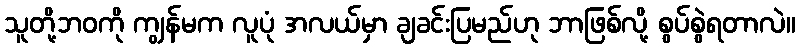
သူတို့ဘဝကို ကျွန်မက လူပုံ အလယ်မှာ ချခင်းပြမည်ဟု ဘာဖြစ်လို့ စွပ်စွဲရတာလဲ။